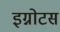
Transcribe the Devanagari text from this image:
इग्नोटस